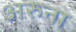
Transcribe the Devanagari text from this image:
अरुना